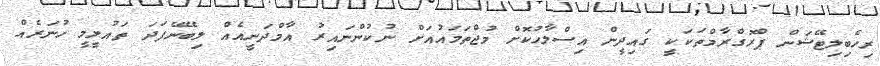
ރިހެބިލިޓޭޝަން ޕްރޮގްރާމްތަކަކީ ގައިދީން އިސްލާހުކޮށް މުޖްތަމައުއަށް ނުކުންނައިރު އާމްދަނީއެއް ލިބޭނޭފަދަ ތައުލީމީ ހުނަރެއް